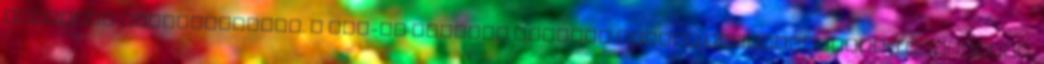
aktuális tevékenységét. A pop-up ablakok csaknem minden felhasználónak ismerősek,